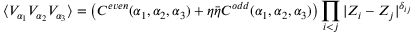
\langle V _ { \alpha _ { 1 } } V _ { \alpha _ { 2 } } V _ { \alpha _ { 3 } } \rangle = \left( C ^ { e v e n } ( \alpha _ { 1 } , \alpha _ { 2 } , \alpha _ { 3 } ) + \eta \bar { \eta } C ^ { o d d } ( \alpha _ { 1 } , \alpha _ { 2 } , \alpha _ { 3 } ) \right) \prod _ { i < j } | Z _ { i } - Z _ { j } | ^ { \delta _ { i j } }